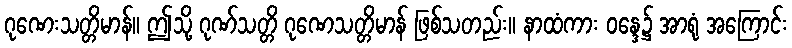
ဂုဏေးသတ္တိမာန်။ ဤသို့ ဂုဏ်သတ္တိ ဂုဏေသတ္တိမာန် ဖြစ်သတည်း။ နာထံကား ဝန္ဒေ၌ အာရုံ အကြောင်း